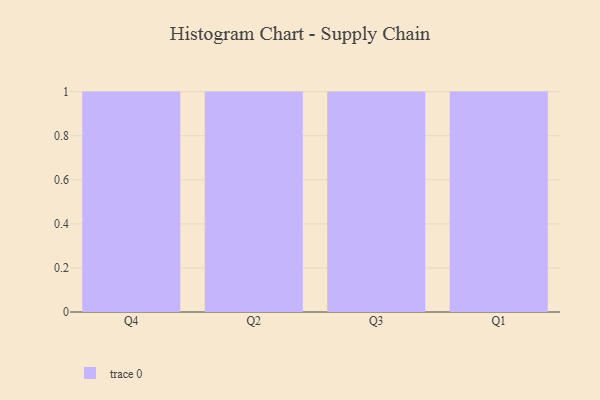
{"axis": {"x": "Quarter", "y": "Humidity (%)"}, "legend": [""], "data": [{"x": "Q4", "y": 94, "type": ""}, {"x": "Q2", "y": 26, "type": ""}, {"x": "Q3", "y": 73, "type": ""}, {"x": "Q1", "y": 48, "type": ""}]}